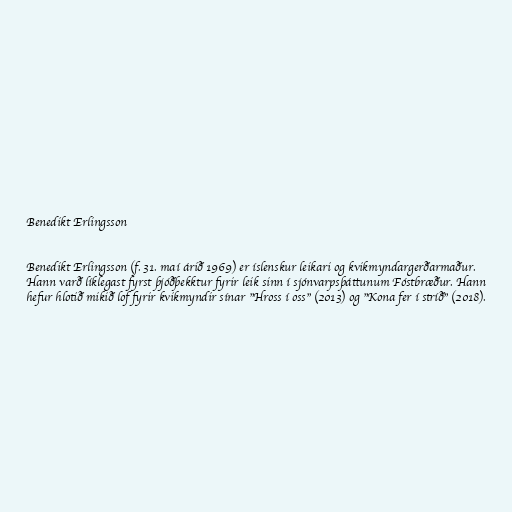
Benedikt Erlingsson

Benedikt Erlingsson (f. 31. maí árið 1969) er íslenskur leikari og kvikmyndargerðarmaður.
Hann varð líklegast fyrst þjóðþekktur fyrir leik sinn í sjónvarpsþáttunum Fóstbræður. Hann
hefur hlotið mikið lof fyrir kvikmyndir sínar "Hross í oss" (2013) og "Kona fer í stríð" (2018).